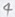
Text: 4